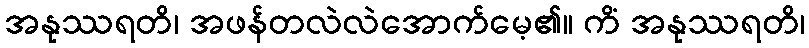
အနုဿရတိ၊ အဖန်တလဲလဲအောက်မေ့၏။ ကိံ အနုဿရတိ၊